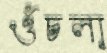
ওঁচলা